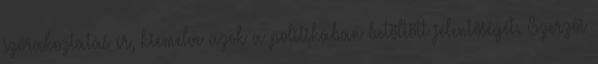
szórakoztatás ír, kiemelve azok a politikában betöltött jelentőségét. Szerzői